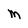
Character: M